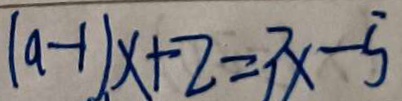
( a - 1 ) x + 2 = 3 x - 5